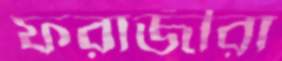
ফরাজীরা